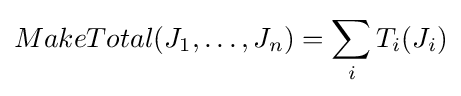
MakeTotal(J_{1},\dots ,J_{n})=\sum _{i}{T_{i}(J_{i})}